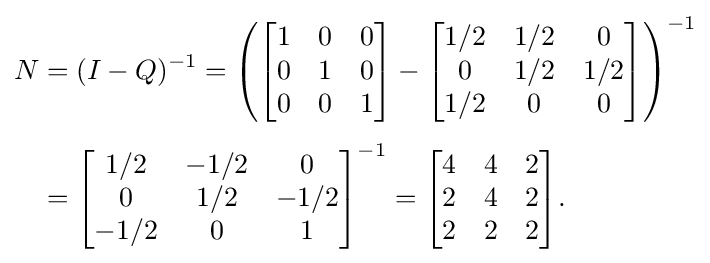
{\begin{aligned}N&=(I-Q)^{-1}=\left({\begin{bmatrix}1&0&0\\0&1&0\\0&0&1\end{bmatrix}}-{\begin{bmatrix}1/2&1/2&0\\0&1/2&1/2\\1/2&0&0\end{bmatrix}}\right)^{-1}\\[4pt]&={\begin{bmatrix}1/2&-1/2&0\\0&1/2&-1/2\\-1/2&0&1\end{bmatrix}}^{-1}={\begin{bmatrix}4&4&2\\2&4&2\\2&2&2\end{bmatrix}}.\end{aligned}}